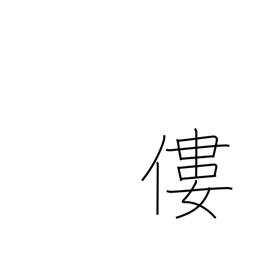
Meaning: bend over